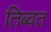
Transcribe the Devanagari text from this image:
तिब्वत